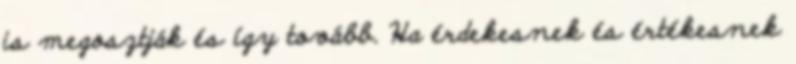
is megosztják és így tovább. Ha érdekesnek és értékesnek